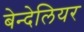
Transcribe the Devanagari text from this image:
बेन्देलियर